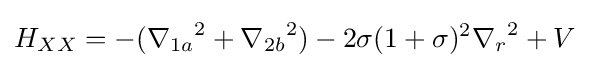
H_{XX}=-({\nabla _{1a}}^{2}+{\nabla _{2b}}^{2})-{2\sigma }{(1+\sigma )^{2}}{\nabla _{r}}^{2}+V